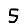
Digit: 5